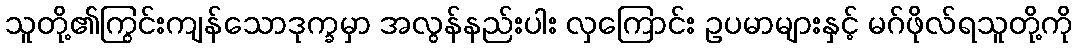
သူတို့၏ကြွင်းကျန်သောဒုက္ခမှာ အလွန်နည်းပါး လှကြောင်း ဥပမာများနှင့် မဂ်ဖိုလ်ရသူတို့ကို